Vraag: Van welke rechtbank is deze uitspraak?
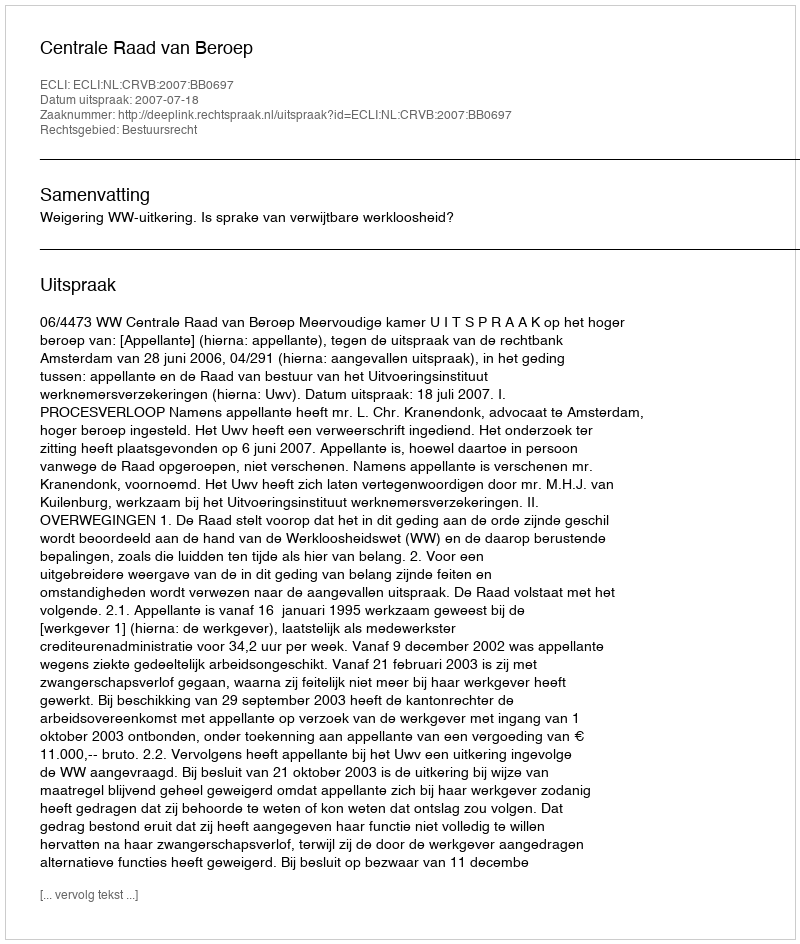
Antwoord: Centrale Raad van Beroep